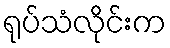
ရုပ်သံလိုင်းက